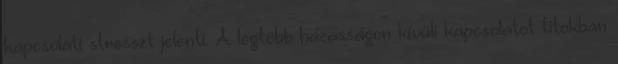
kapcsolati stresszt jelenti. A legtöbb házasságon kívüli kapcsolatot titokban